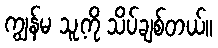
ကျွန်မ သူ့ကို သိပ်ချစ်တယ်။